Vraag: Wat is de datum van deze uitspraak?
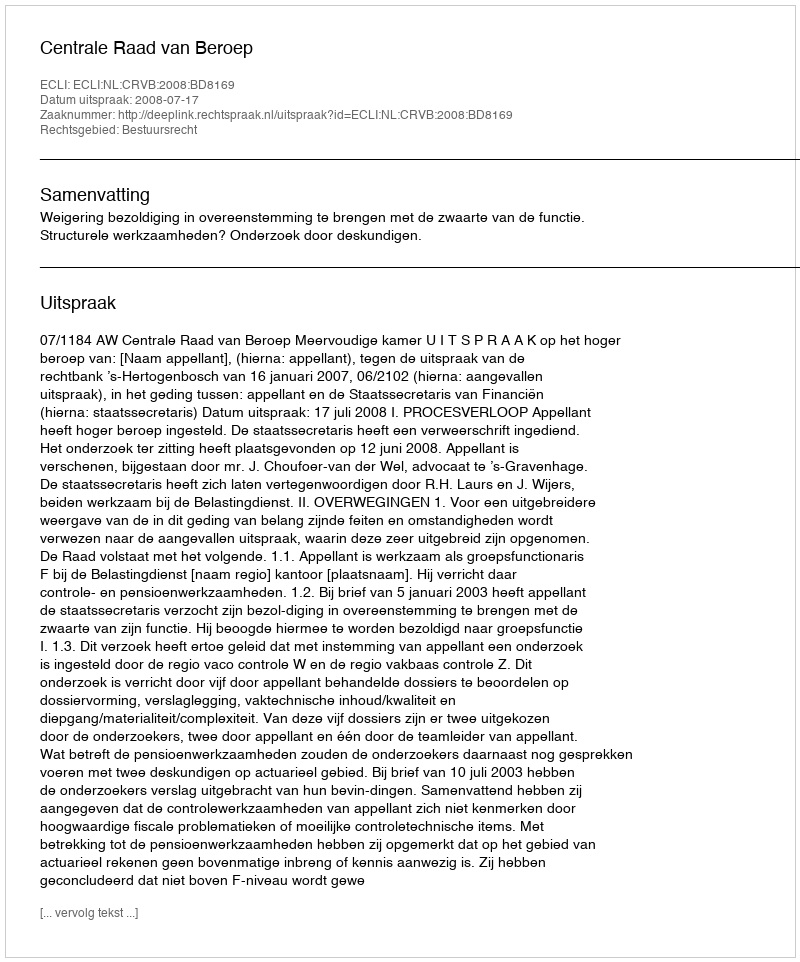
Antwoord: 2008-07-17